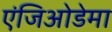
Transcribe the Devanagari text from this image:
एंजिओडेमा